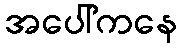
အပေါ်ကနေ